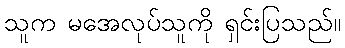
သူက မအေလုပ်သူကို ရှင်းပြသည်။